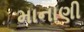
માનાણી